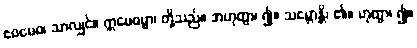
ဧဝမေဝ၊ သာလျှင်။ ဣမေဓမ္မာ၊ တို့သည်။ အဟုတွာ၊ ၍။ သမ္ဘောန္တိ၊ ၏။ ဟုတွာ၊ ၍။